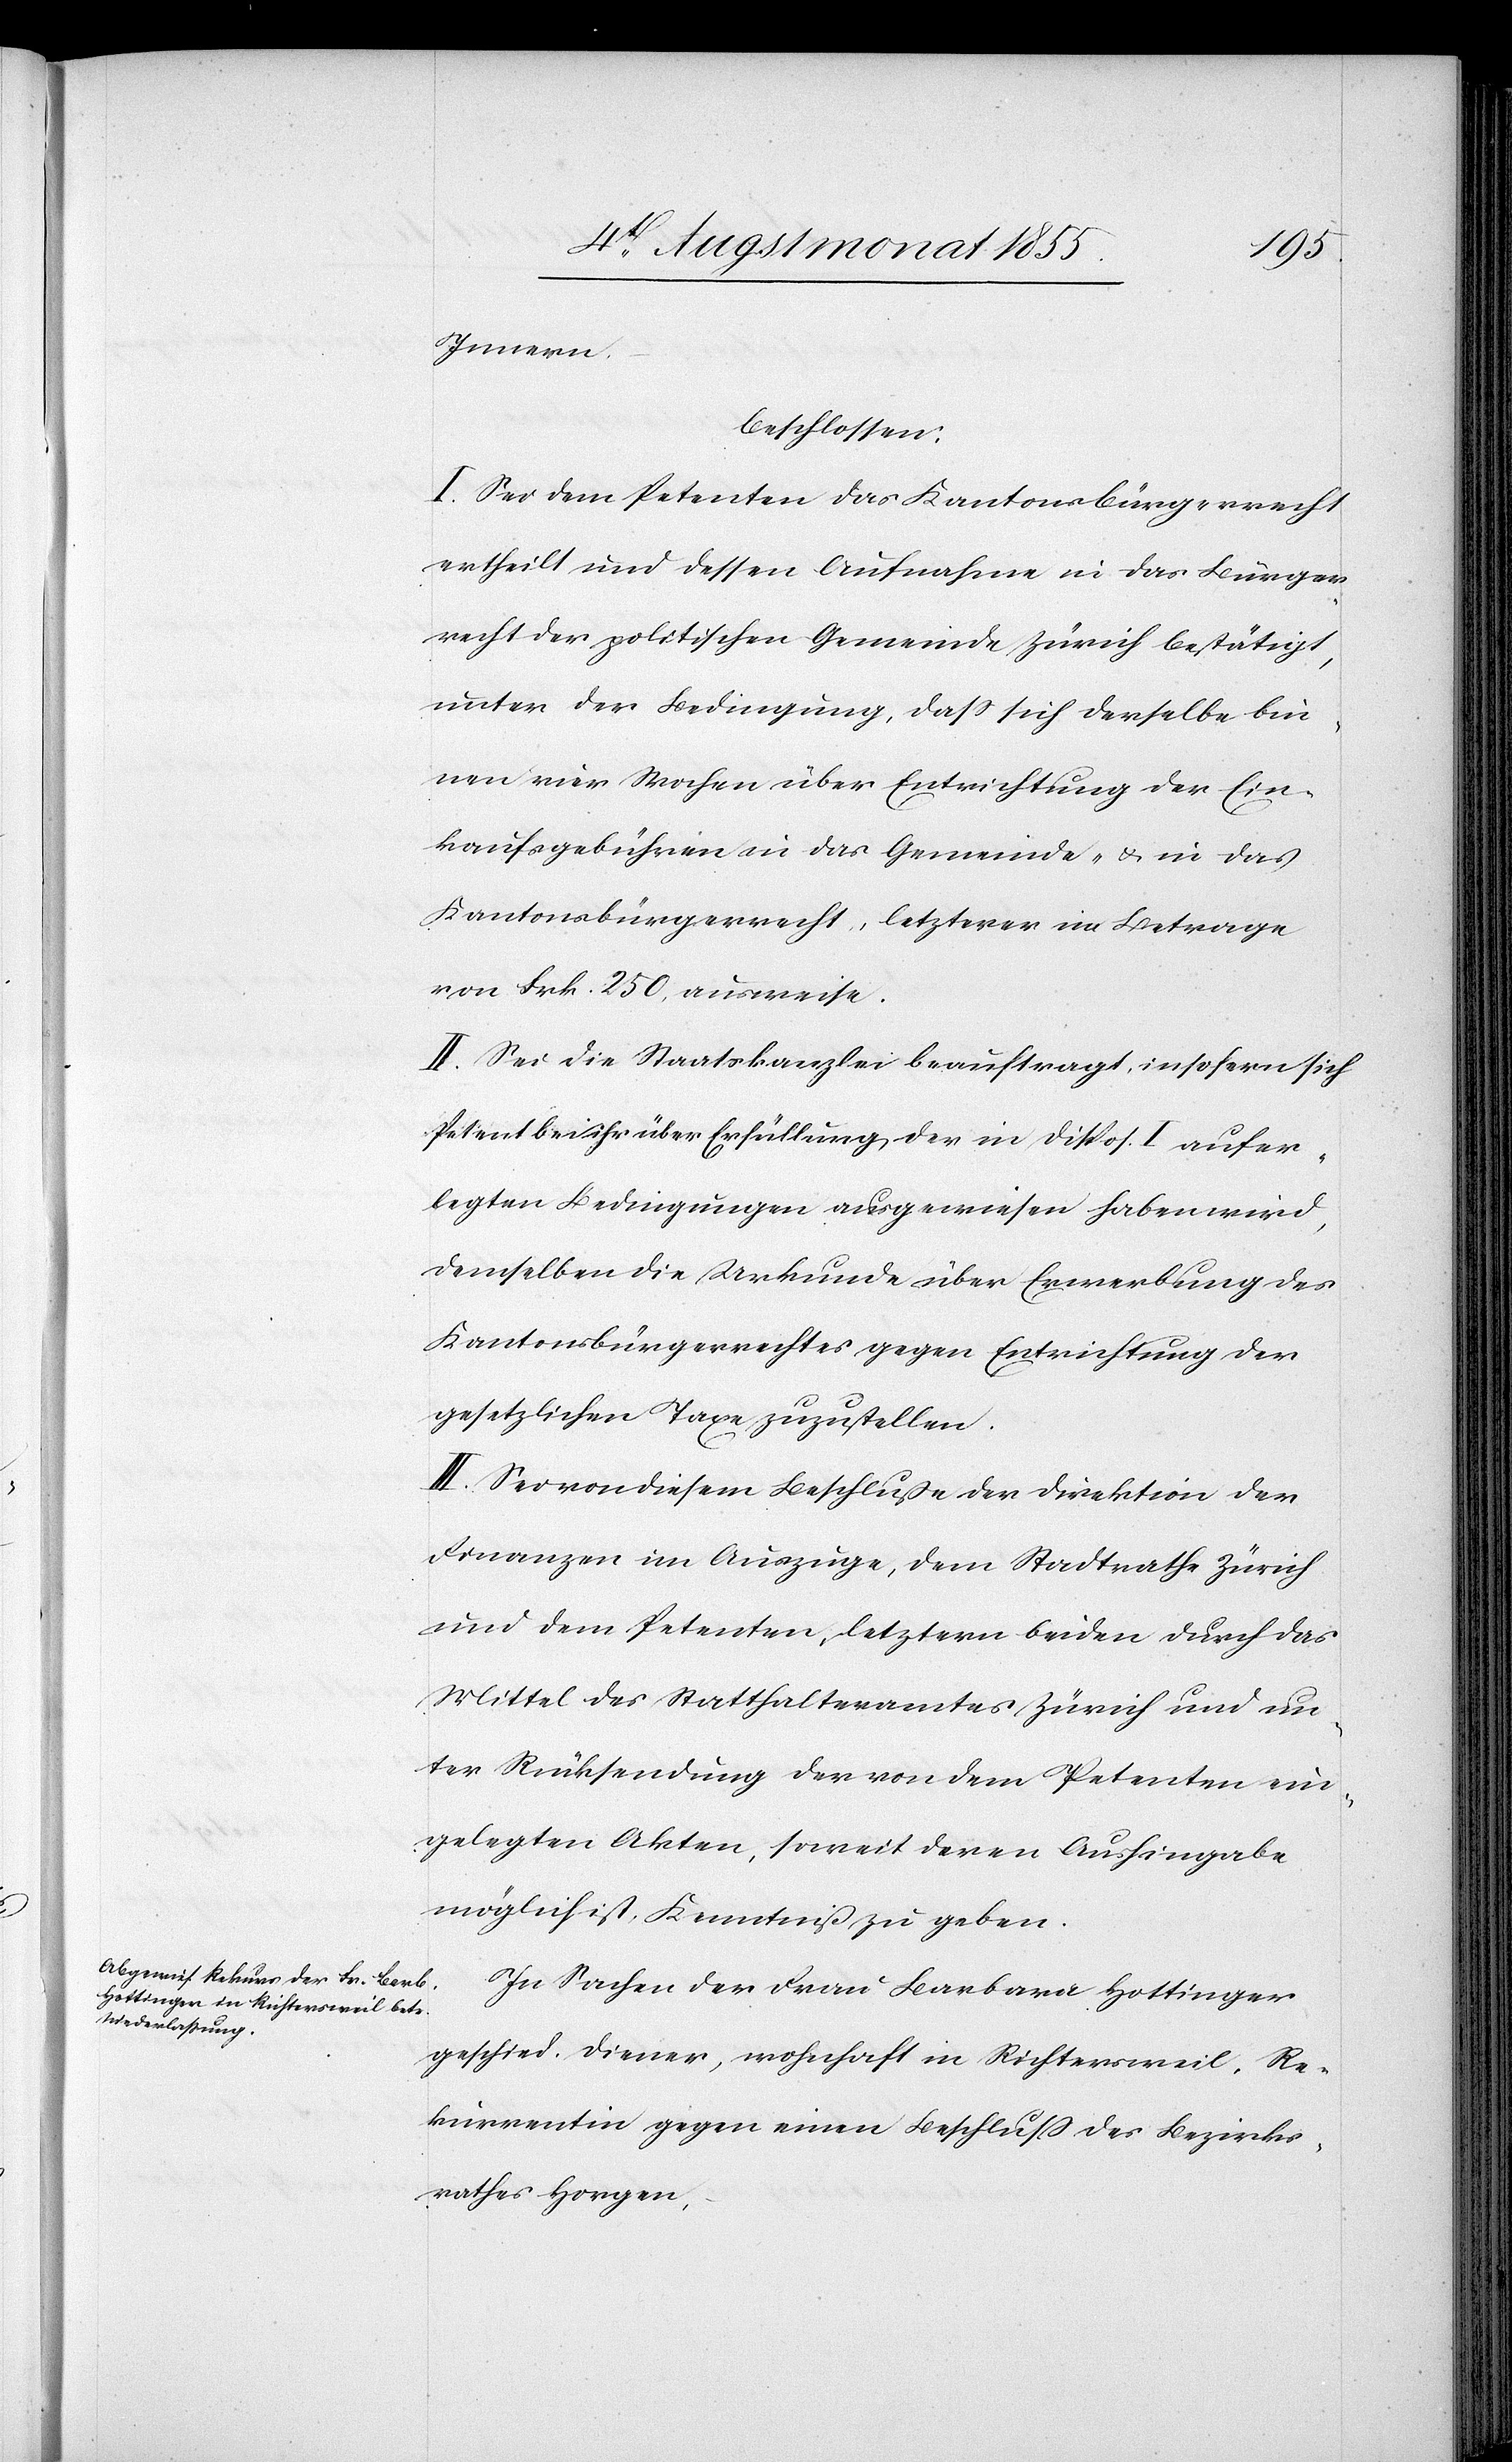
Innern,
beschlossen:
I. Sei dem Petenten das Kantonsbürgerrecht
ertheilt und dessen Aufnahme in das Bürger¬
recht der politischen Gemeinde Zürich bestätigt,
unter der Bedingung, dass sich derselbe bin¬
nen vier Wochen über Entrichtung der Ein¬
kaufsgebühren in das Gemeinde- & in das
Kantonsbürgerrecht, letzterer im Betrage
von Frk. 250, ausweise.
II. Sei die Staatskanzlei beauftragt, insofern sich
Petent bei ihr über Erfüllung der in Dispos. I aufer¬
legten Bedingungen ausgewiesen haben wird,
demselben die Urkunde über Erwerbung des
Kantonsbürgerrechtes gegen Entrichtung der
gesetzlichen Taxe zuzustellen.
III. Sei von diesem Beschluße der Direktion der
Finanzen im Auszuge, dem Stadtrathe Zürich
und dem Petenten, letztern beiden durch das
Mittel des Statthalteramtes Zürich und un¬
ter Rücksendung der von dem Petenten ein¬
gelegten Akten, soweit deren Aushingabe
möglich ist, Kenntniß zu geben.
In Sachen der Frau Barbara Hottinger
geschied. Diener, wohnhaft in Richtersweil, Re¬
kurrentin gegen einen Beschluss des Bezirks¬
rathes Horgen,